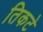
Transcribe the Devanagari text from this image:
तिकटे